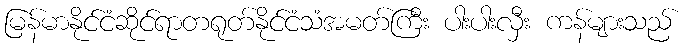
မြန်မာနိုင်ငံဆိုင်ရာတရုတ်နိုင်ငံသံအမတ်ကြီး ပါးပါးလှီး ကန်များသည်